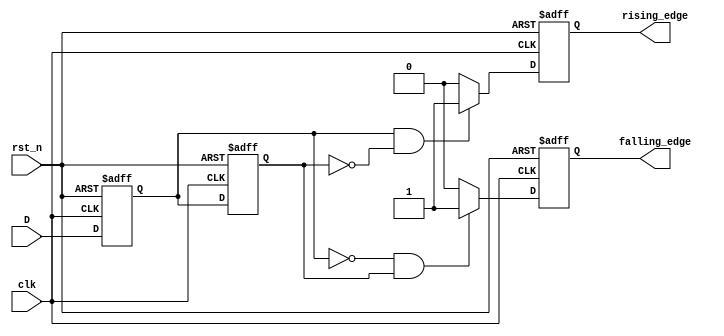
module glitch_free_edge_detector (
    input wire clk,         // Clock input
    input wire rst_n,      // Active low reset
    input wire D,          // Input signal to monitor
    output reg rising_edge, // Rising edge output
    output reg falling_edge // Falling edge output
);

    // Internal registers for state storage
    reg D_prev;            // Previous state of the input signal
    reg D_curr;           // Current state of the input signal

    // Edge detection logic
    always @(posedge clk or negedge rst_n) begin
        if (!rst_n) begin
            D_prev <= 1'b0;              // Initialize previous state
            D_curr <= 1'b0;              // Initialize current state
            rising_edge <= 1'b0;         // Clear rising edge output
            falling_edge <= 1'b0;        // Clear falling edge output
        end else begin
            D_curr <= D;                  // Sample current state of input signal

            // Rising edge detection
            if (D_curr == 1'b1 && D_prev == 1'b0) begin
                rising_edge <= 1'b1;      // Assert rising edge output
            end else begin
                rising_edge <= 1'b0;      // Clear rising edge output
            end

            // Falling edge detection
            if (D_curr == 1'b0 && D_prev == 1'b1) begin
                falling_edge <= 1'b1;     // Assert falling edge output
            end else begin
                falling_edge <= 1'b0;     // Clear falling edge output
            end

            // Update previous state to the current state
            D_prev <= D_curr;              // Save the current state for the next cycle
        end
    end

endmodule